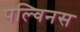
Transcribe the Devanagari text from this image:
पल्विनस